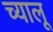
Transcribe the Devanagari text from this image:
च्यालू